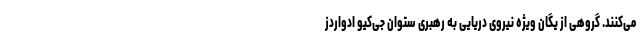
می‌کنند. گروهی از یگان ویژه نیروی دریایی به رهبری ستوان جی‌کیو ادواردز